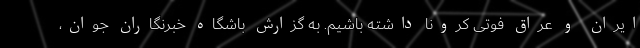
ایران و عراق فوتی کرونا داشته باشیم. به گزارش باشگاه خبرنگاران جوان،